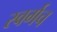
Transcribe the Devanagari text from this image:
स्वर्गच